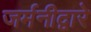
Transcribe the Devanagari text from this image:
जर्मनीद्वारे